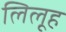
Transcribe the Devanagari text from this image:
लिलूह